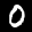
Label: 0